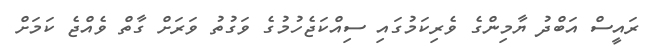
ރައީސް އަބްދު ޔާމިންގެ ވެރިކަމުގައި ސިއްކަޖެހުމުގެ ވަގުތު ވަރަށް ގާތް ވެއްޖެ ކަމަށް